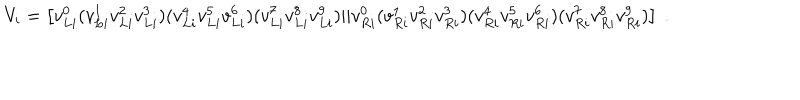
V _ { i } = \left[ v _ { L i } ^ { 0 } ( v _ { L i } ^ { 1 } v _ { L i } ^ { 2 } v _ { L i } ^ { 3 } ) ( v _ { L i } ^ { 4 } v _ { L i } ^ { 5 } v _ { L i } ^ { 6 } ) ( v _ { L i } ^ { 7 } v _ { L i } ^ { 8 } v _ { L i } ^ { 9 } ) | | v _ { R i } ^ { 0 } ( v _ { R i } ^ { 1 } v _ { R i } ^ { 2 } v _ { R i } ^ { 3 } ) ( v _ { R i } ^ { 4 } v _ { R i } ^ { 5 } v _ { R i } ^ { 6 } ) ( v _ { R i } ^ { 7 } v _ { R i } ^ { 8 } v _ { R i } ^ { 9 } ) \right] ~ .